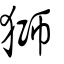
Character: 獅